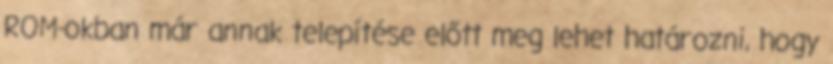
ROM-okban már annak telepítése előtt meg lehet határozni, hogy